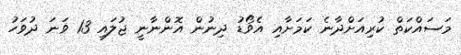
މަސައްކަތް ކުރިއަށްދާނެ ކަމަށާއި އެވޯޑު ދިނުން އޮންނާނީ ޖުލައި 13 ވަނަ ދުވަހު